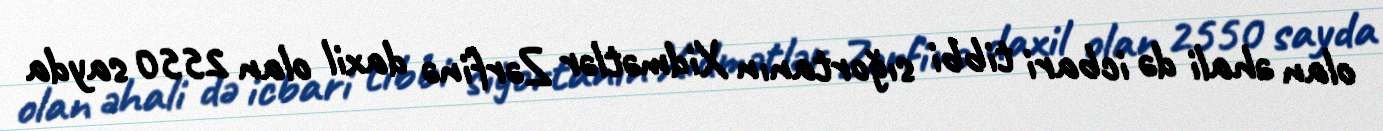
olan əhali də icbari tibbi sığortanın Xidmətlər Zərfinə daxil olan 2550 sayda